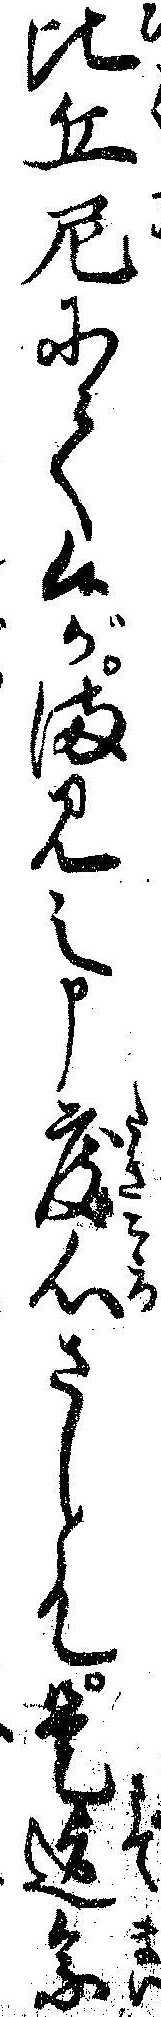
比丘尼にて候がまみえ申度心さして是迄参